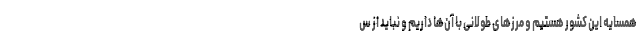
همسایه این کشور هستیم و مرزهای طولانی با آن‌ها داریم و نباید از س